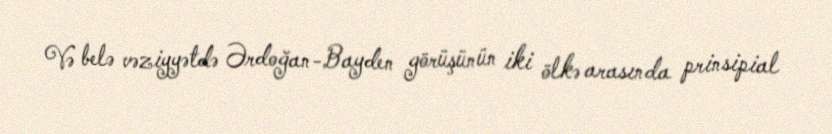
Və belə vəziyyətdə Ərdoğan-Bayden görüşünün iki ölkə arasında prinsipial